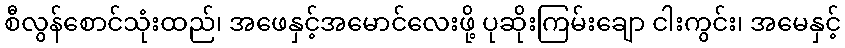
စီလွန်စောင်သုံးထည်၊ အဖေနှင့်အမောင်လေးဖို့ ပုဆိုးကြမ်းချော ငါးကွင်း၊ အမေနှင့်